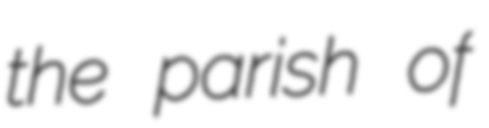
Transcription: the parish of